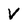
Character: V